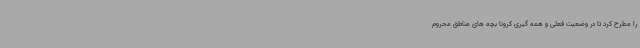
را مطرح کرد تا در وضعیت فعلی و همه گیری کرونا بچه های مناطق محروم